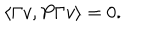
LaTeX: \langle \Gamma v , P \Gamma v \rangle = 0 .